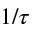
1 / \tau